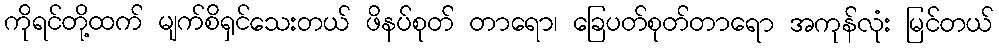
ကိုရင်တို့ထက် မျက်စိရှင်သေးတယ် ဖိနပ်စုတ် တာရော၊ ခြေပတ်စုတ်တာရော အကုန်လုံး မြင်တယ်